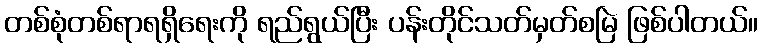
တစ်စုံတစ်ရာရရှိရေးကို ရည်ရွယ်ပြီး ပန်းတိုင်သတ်မှတ်စမြဲ ဖြစ်ပါတယ်။